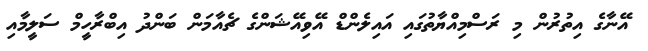
އޭނާގެ އިތުރުން މި ރަސްމިއްޔާތުގައި އައިލެންޑް އޭވިއޭޝަންގެ ޗެއާމަން ބަންދު އިބްރާހީމް ސަލީމާއި